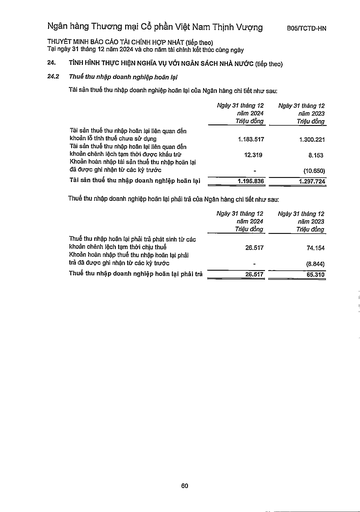
||Ngày 31 tháng 12 năm 2024 Triệu đồng|Ngày 31 tháng 12 năm 2023 Triệu đồng| |---|---|---| |Tài sản thuế thu nhập hoãn lại liên quan đến khoản tình thuế chưa sử dụng|1.183.517|1.300.221| |Tài sản thuế thu nhập hoãn lại liên quan đến khoản chênh lệch tạm thời được khấu trừ|12.319|8.153| |Khoản hoàn nhập tài sản thuế thu nhập hoãn lại đã được ghi nhận từ các kỳ trước||(10.650)| |Tài sản thuế thu nhập doanh nghiệp hoãn lại|1.195.836|1.297.724| ||Ngày 31 tháng 12 năm 2024 Triệu đồng|Ngày 31 tháng 12 năm 2023 Triệu đồng| |---|---|---| |Thuế thu nhập hoãn lại phải trả phát sinh từ các khoản chênh lệch tạm thời chịu thuế|26.517|74.154| |Khoản hoàn nhập thuế thu nhập hoãn lại phải trả đã được ghi nhận từ các kỳ trước||(8.844)| |Thuế thu nhập doanh nghiệp hoãn lại phải trả|26.517|65.310|